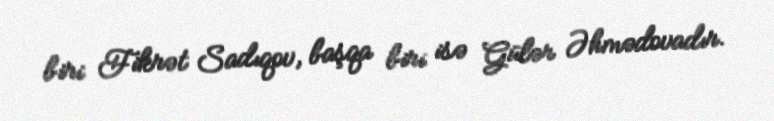
biri Fikrət Sadıqov, başqa biri isə Gülər Əhmədovadır.